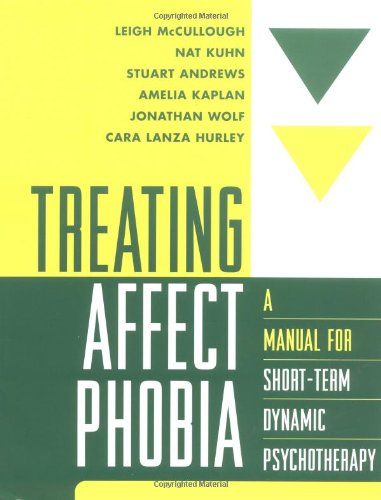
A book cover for Treating Affect Phobia: A Manual for Short-Term Dynamic Psychotherapy; Leigh McCullough; Science & Math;